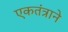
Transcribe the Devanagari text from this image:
एकतंत्राने